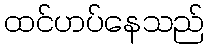
ထင်ဟပ်နေသည်